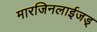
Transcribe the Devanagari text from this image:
मारजिनलाईजड्